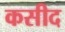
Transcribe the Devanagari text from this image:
कसीद